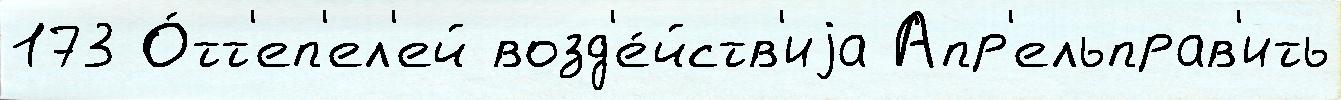
173 О́тт'еп'ел'ей возд'е́йств'иjа Апр'ельправ'ить